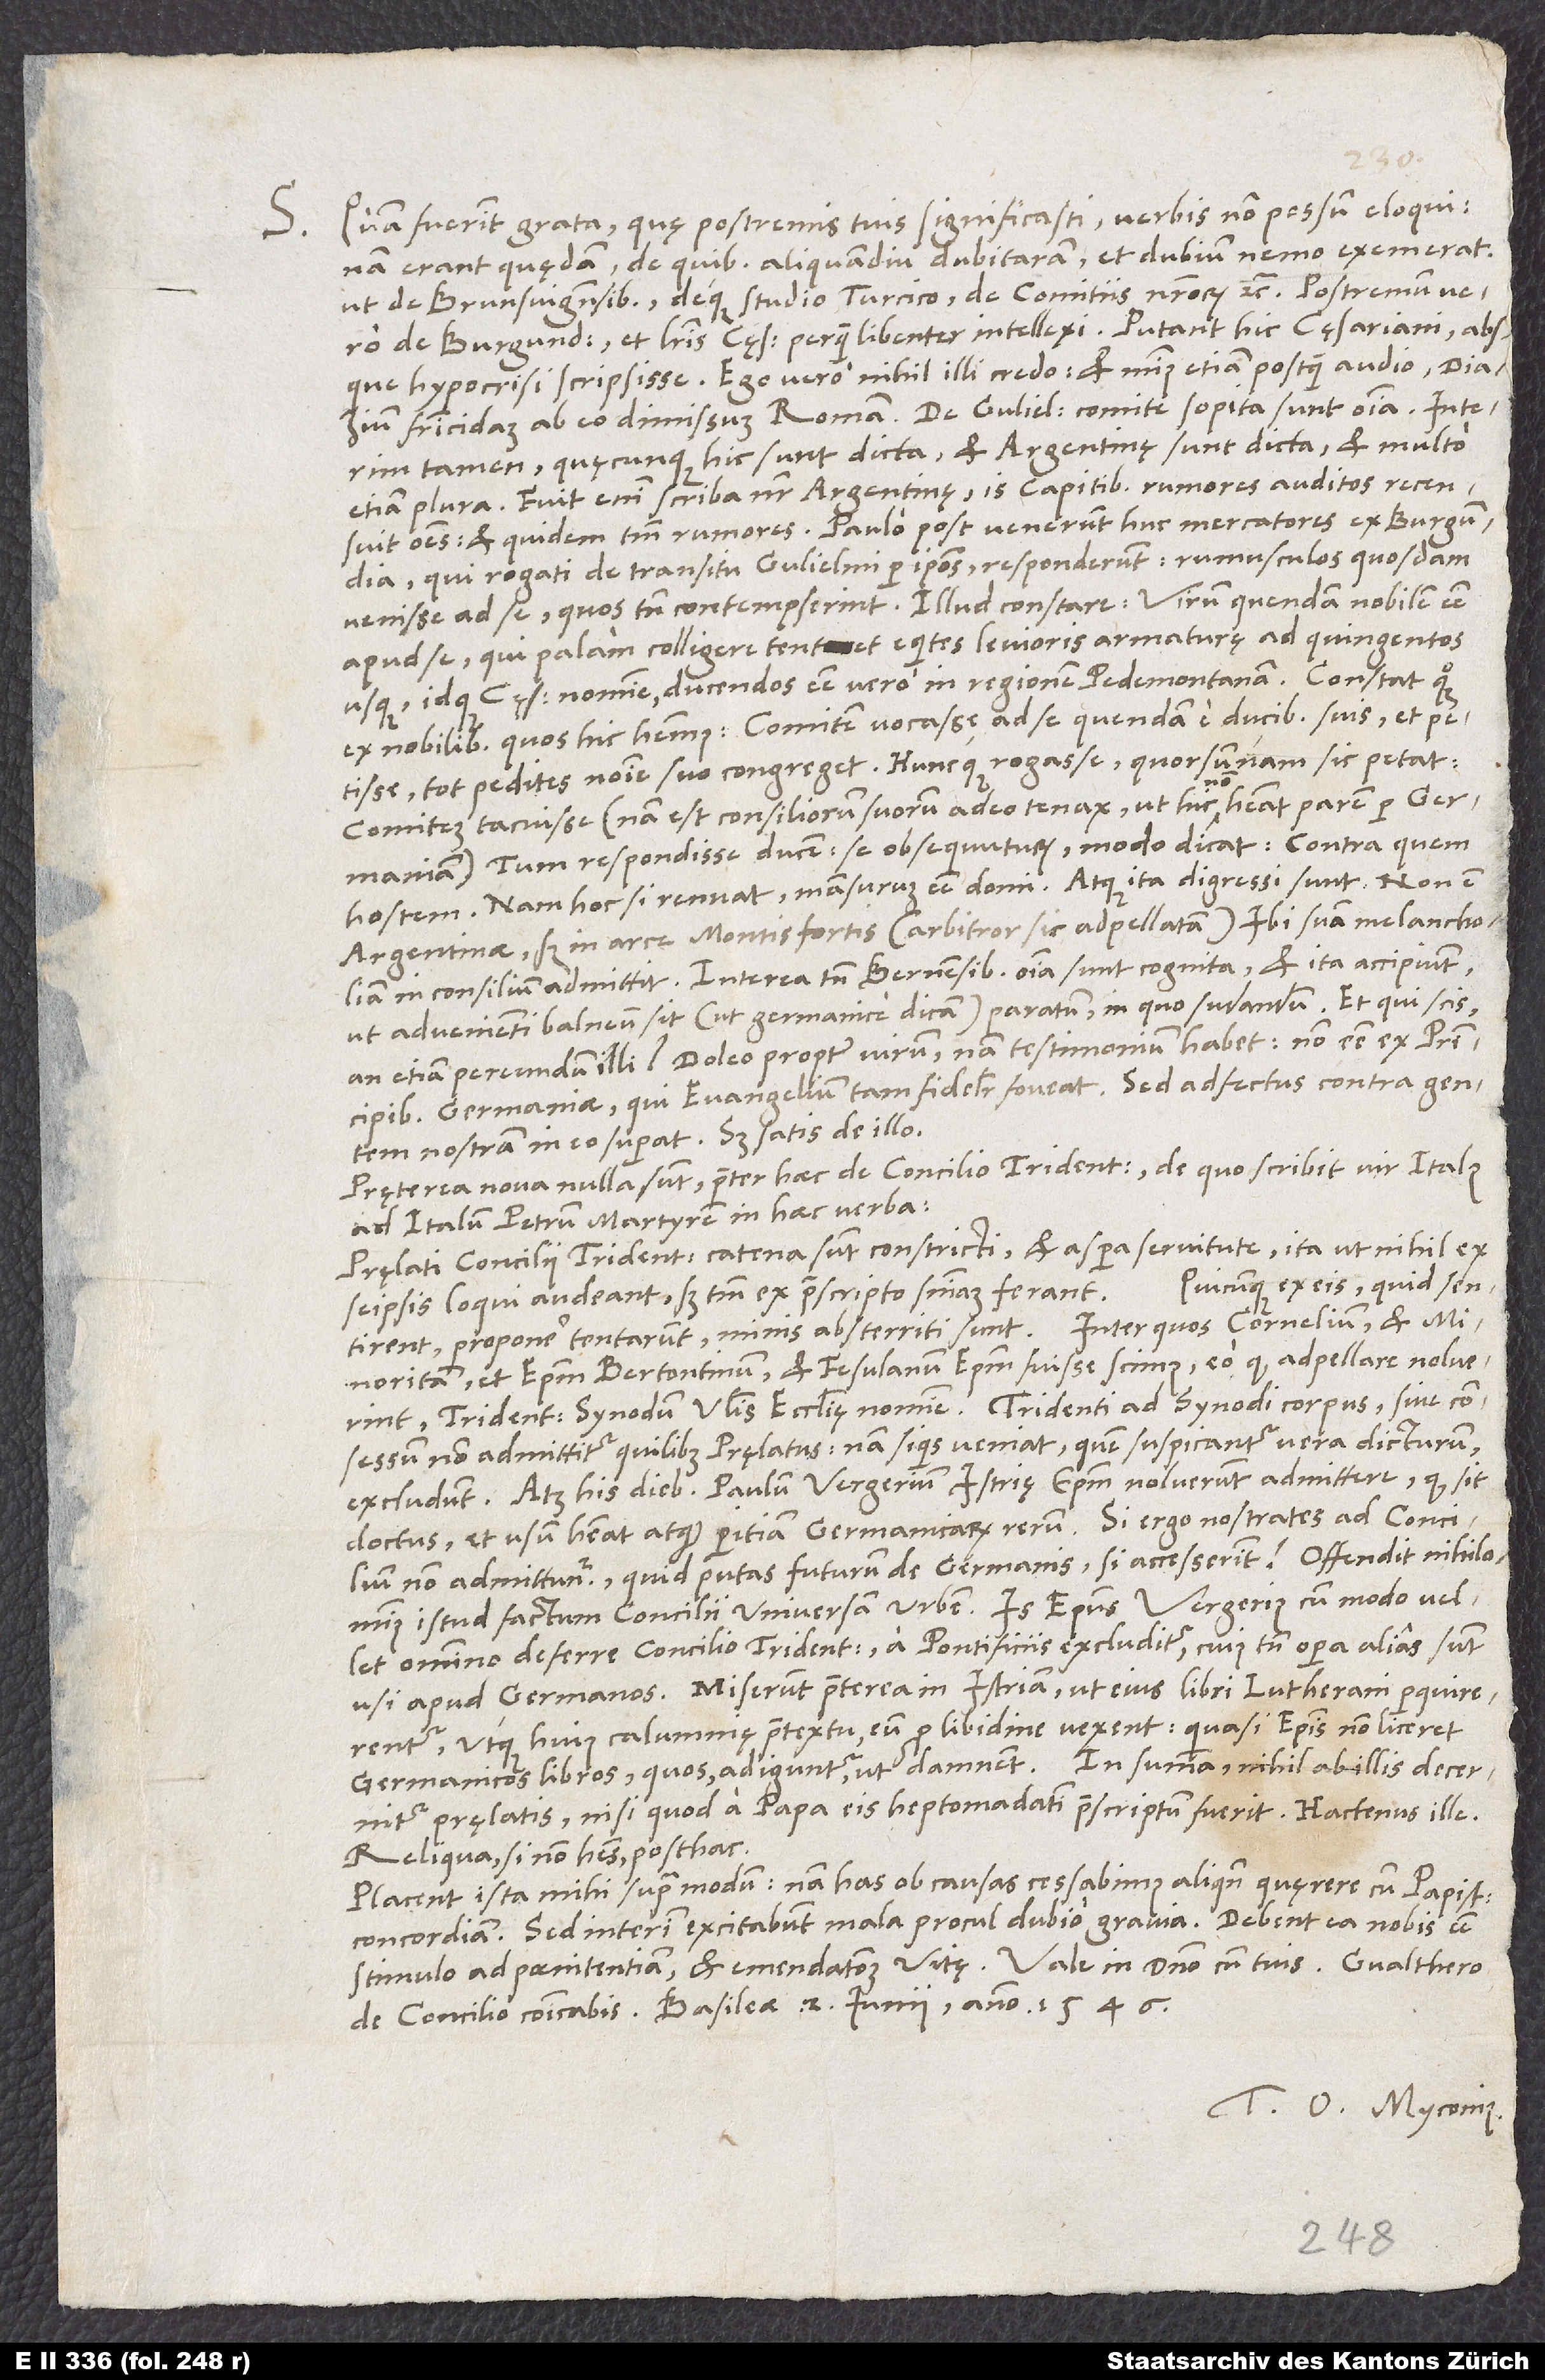
S. Quam fuerint grata, quę postremis tuis significasti, verbis non possum eloqui,
nam erant quędam, de quibus aliquamdiu dubitaram et dubium nemo exemerat,
ut de Brunsvigensibus, deque studio Turcico, de comitiis nostrorum, etc. Postremum vero
de Burgund et literis cęsaris perquam libenter intellexi! Putant hic cęsariani absque
hypocrisi scripsisse. Ego vero nihil illi credo, et minus etiam, postquam audio Diazium
tamen, quęcunque hic sunt dicta, et Argentinę sunt dicta et multo
etiam plura. Fuit enim scriba noster Argentinę. Is capitibus rumores auditos recensuit
omnes; et quidem tantum rumores! Paulo post venerunt huc mercatores ex Burgundia,
qui rogati de transitu Gulielmi per ipsos responderunt rumusculos quosdam
venisse ad se, quos tamen contempserint. Illud constare: Virum quendam nobilem esse
apud se, qui palam colligere tentet equites levioris armaturę ad quingentos
usque, idque cęsaris nomine, ducendos esse vero in regionem Pedemontanam. Constat quoque
ex nobilibus, quos hic habemus, comitem vocasse ad se quendam e ducibus suis et petisse
tot pedites nomine suo congreget, huncque rogasse, quorsumnam sic petat,
comitem tacuisse (nam est consiliorum suorum adeo tenax, ut hic non habeat parem per Germaniam).
Tum respondisse ducem se obsequuturum, modo dicat, contra quem
hostem; nam hoc si renuat, mansurum esse domi. Atque ita digressi sunt. Non est
Argentinae, sed in arce Montisfortis (arbitror sic adpellatam). Ibi suam melancholiam
in consilium admittit. Interea tamen Bernensibus omnia sunt cognita, et ita accipiunt,
ut advenienti balneum sit (ut Germanice dicam) paratum, in quo sudandum. Et qui scis,
Germaniae, qui evangelium tam fideliter foveat; sed adfectus contra gentem
nostram in eo superat. Sed satis de illo.
Pręterea nova nulla sunt praeter haec de concilio Tridentino, de quo scribit vir Italus
ad Italum Petrum Martyrem, in haec verba:
„Pręlati concilii Tridentini catena sunt constricti et aspera servitute, ita ut nihil ex
Quicunque ex eis, quid sentirent,
seipsis loqui audeant, sed tantum ex praescripto sententiam ferant.
proponere tentarunt, minis absterriti sunt; inter quos Cornelium, et
minoritam et episcopum Bertontinum, et Fesulanum episcopum fuisse scimus, eo quod adpellare noluerint
Tridentinam synodum universalis ecclesię nomine. Tridenti ad synodi corpus sive consessum
non admittitur quilibet pręlatus; nam si quis veniat, quem suspicantur vera dicturum,
excludunt, atque his diebus Paulum Vergerium, Istrię episcopum, noluerunt admittere, quod sit
doctus et usum habeat atque peritiam Germanicarum rerum. Si ergo nostrates ad concilium
non admittuntur, quid putas futurum de Germanis, si accesserint? Offendit nihilominus
istud factum concilii universam urbem. Is episcopus Vergerius, cum modo vellet
omnino deferre concilio Tridentino, a pontificiis excluditur, cuius tamen opera alias sunt
usi apud Germanos. Miserunt praeterea in Istriam, ut eius libri Lutherani perquirerentur
utque huius calumnię praetextu eum pro libidine vexent, quasi episcopis non liceret
Germanicos libros, quos, adiguntur, ut damnent. In summa, nihil ab illis decernitur
pręlatis, nisi quod a papa eis heptomadatim praescriptum fuerit.“ Hactenus ille.
Reliqua, si non habes, posthac.
Placent ista mihi supra modum, nam has ob causas cessabimus aliquando quęrere cum papistis
concordiam. Sed interim excitabunt mala procul dubio gravia. Debent ea nobis esse
de concilio communicabis. Basileae, 2. iunii anno 1546.
Tuus O. Myconius.